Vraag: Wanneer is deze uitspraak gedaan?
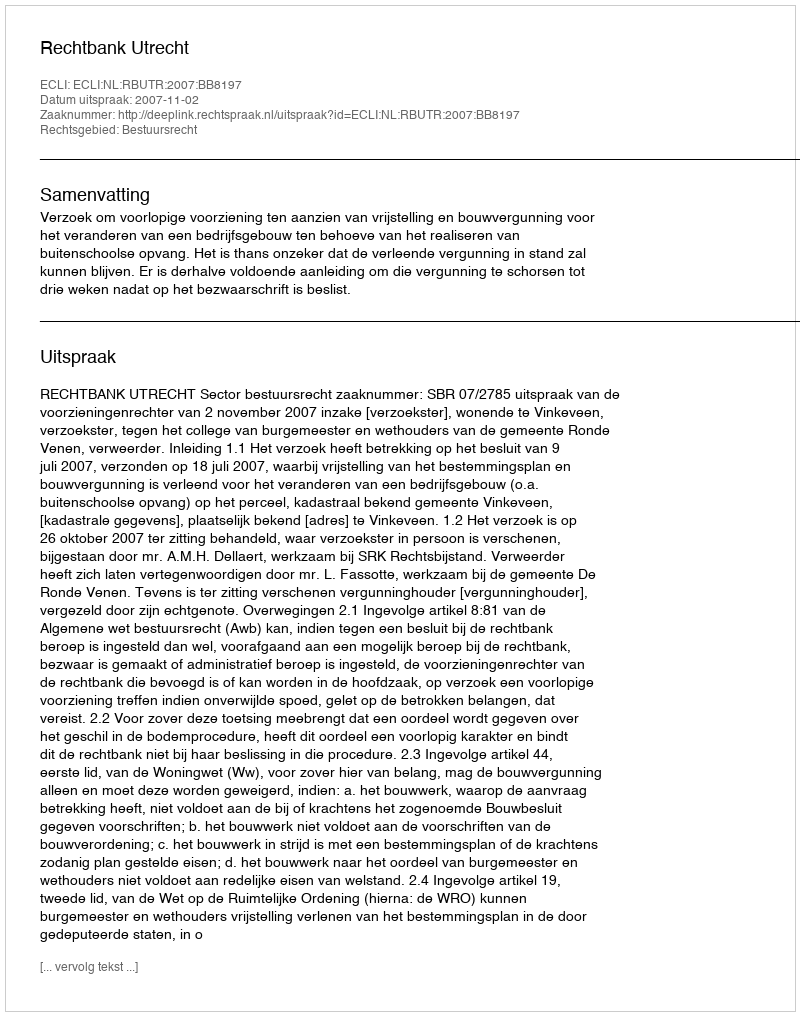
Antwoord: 2007-11-02